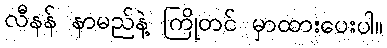
လီနန် နာမည်နဲ့ ကြိုတင် မှာထားပေးပါ။